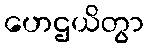
ဟေဌယိတွာ